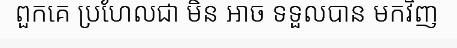
ពួកគេ ប្រហែលជា មិន អាច ទទួលបាន មកវិញ